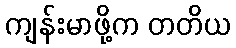
ကျန်းမာဖို့က တတိယ